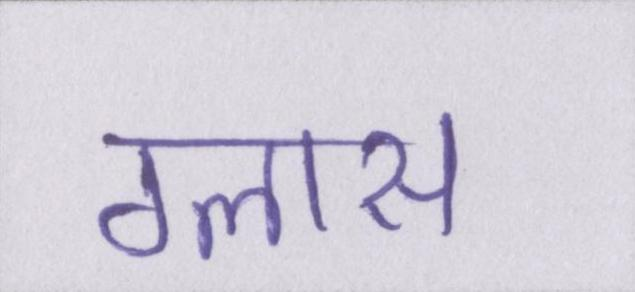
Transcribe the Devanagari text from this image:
ग्लास